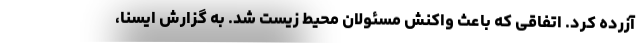
آزرده کرد. اتفاقی که باعث واکنش مسئولان محیط زیست شد. به گزارش ایسنا،